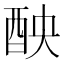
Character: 𨠗